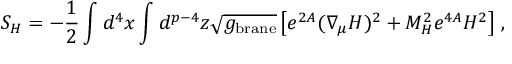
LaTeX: S _ { H } = - { \frac { 1 } { 2 } } \int d ^ { 4 } x \int d ^ { p - 4 } z \sqrt { g _ { \mathrm { b r a n e } } } \left[ e ^ { 2 A } ( \nabla _ { \mu } H ) ^ { 2 } + M _ { H } ^ { 2 } e ^ { 4 A } H ^ { 2 } \right] \, ,